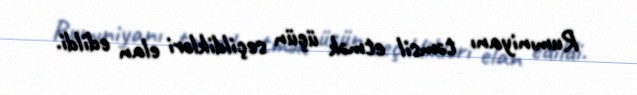
Rumıniyanı təmsil etmək üçün seçildikləri elan edildi.